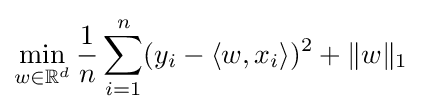
\min _{w\in \mathbb {R} ^{d}}{\frac {1}{n}}\sum _{i=1}^{n}(y_{i}-\langle w,x_{i}\rangle )^{2}+\|w\|_{1}